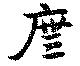
廡